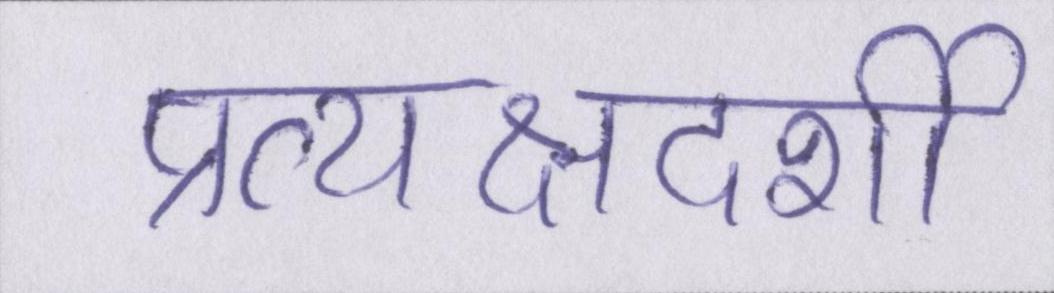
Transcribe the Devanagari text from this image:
प्रत्यक्षदर्शी